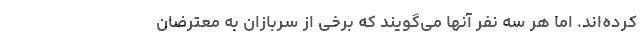
کرده‌اند. اما هر سه نفر آنها می‌گویند که برخی از سربازان به معترضان